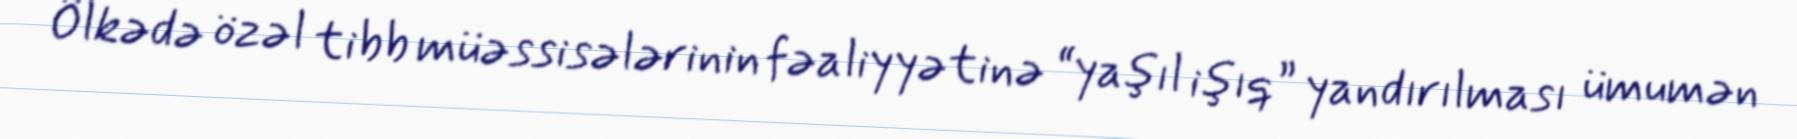
Ölkədə özəl tibb müəssisələrinin fəaliyyətinə “yaşıl işıq” yandırılması ümumən